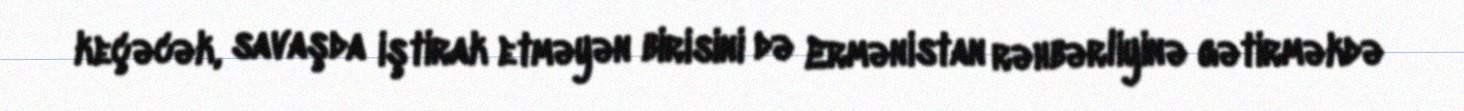
keçəcək, savaşda iştirak etməyən birisini də Ermənistan rəhbərliyinə gətirməkdə